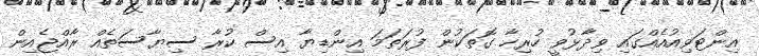
އިންޓަވިއުއެއްގައި ވިދާޅުވީ ހުރިހާ ގޮތަކުން ފުރަތަމަ އިންޑިޔާ އިސް ކުރާ ސިޔާސަތެއް ރާއްޖެއިން